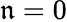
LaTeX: \mathfrak{n}=0